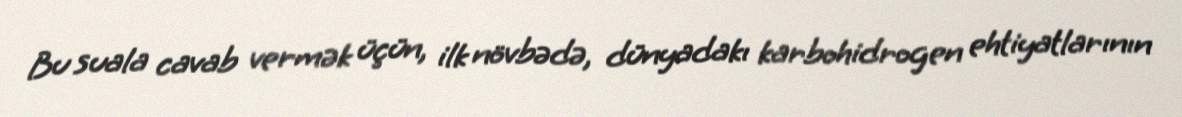
Bu suala cavab vermək üçün, ilk növbədə, dünyadakı karbohidrogen ehtiyatlarının